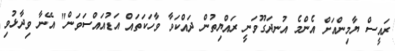
ރައީސް ޔާމިންއަށް އެންމެ އުނދަގޫވަނީ ރައްޔިތުން ދައްކަވާ ވާހަކަތައް އަޑުއައްސަވަން" އޭނާ ވިދާޅުވި